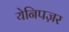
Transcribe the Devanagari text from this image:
येनिपज़र